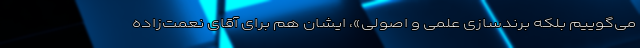
می‌گوییم بلکه برندسازی علمی و اصولی»، ایشان هم برای آقای نعمت‌زاده